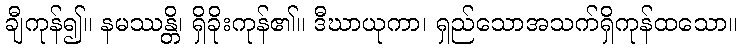
ချီကုန်၍။ နမဿန္တိ၊ ရှိခိုးကုန်၏။ ဒီဃာယုကာ၊ ရှည်သောအသက်ရှိကုန်ထသော။